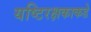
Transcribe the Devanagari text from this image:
यष्टिरक्षकाकडे